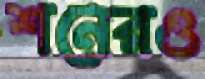
শনেরও